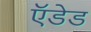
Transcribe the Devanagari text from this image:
ऍडेड